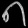
Digit: ၈